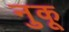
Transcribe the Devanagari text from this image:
नुकू